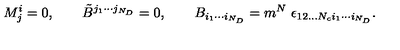
M _ { j } ^ { i } = 0 , \qquad \tilde { B } ^ { j _ { 1 } \cdots j _ { N _ { D } } } = 0 , \qquad B _ { i _ { 1 } \cdots i _ { N _ { D } } } = m ^ { N } \ \epsilon _ { 1 2 . . . N _ { c } i _ { 1 } \cdots i _ { N _ { D } } } .